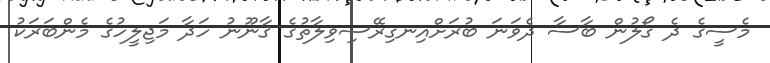
މެސީގެ ދެ ގޯލުން ބާސާ ދެވަނަ ބުރަށްއިނގިރޭސިވިލާތުގެ ޤާނޫނު ހަދާ މަޖިލީހުގެ މެންބަރަކު